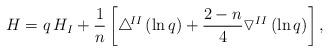
LaTeX: \begin{align*}H=q\,H_{I}+\frac{1}{n}\left[ \triangle \!^{II}\left( \ln q\right)+\frac{2-n}{4}\triangledown^{II}\left( \ln q\right) \right] , \end{align*}